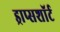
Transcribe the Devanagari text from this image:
ड्राप्सशॉर्ट